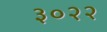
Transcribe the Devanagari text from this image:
३०२२